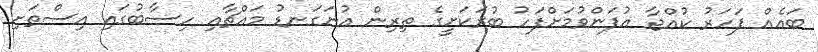
ބައެއް ފަހަރު ކުއްޖާ އުފަންވުމަށްފަހު ބުރަކަށީގެ ތިރިން އުނަގަނޑު މައްޗާއި ހިސާބުގައި އިސްތަށި